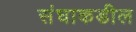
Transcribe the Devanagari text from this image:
संघाकडील